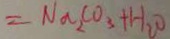
= N a _ { 2 } C O _ { 3 } + H _ { 2 } O